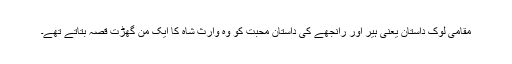
مقامی لوک داستان یعنی ہیر اور رانجھے کی داستان محبت کو وہ وارث شاہ کا ایک من گھڑت قصہ بتاتے تھے۔